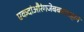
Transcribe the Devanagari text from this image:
एकदांऔरंगजेबबादशहाने